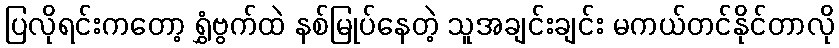
ပြလိုရင်းကတော့ ရွှံဗွက်ထဲ နစ်မြုပ်နေတဲ့ သူအချင်းချင်း မကယ်တင်နိုင်တာလို